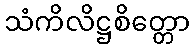
သံကိလိဋ္ဌစိတ္တော